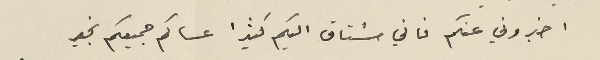
اخبروني عنكم فاني مشتاق اليكم كثيرًا عساكم جميعكم بخير